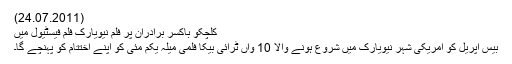
(24.07.2011)
کلچکو باکسر برادران پر فلم نیویارک فلم فیسٹیول میں
بیس اپریل کو امریکی شہر نیویارک میں شروع ہونے والا 10 واں ٹرائی بیکا فلمی میلہ یکم مئی کو اپنے اختتام کو پہنچے گا۔